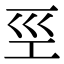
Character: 巠